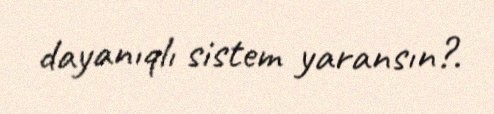
dayanıqlı sistem yaransın?.